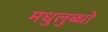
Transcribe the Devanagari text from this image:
मधुलुब्धो